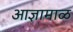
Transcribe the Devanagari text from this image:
आज्ञामाळ